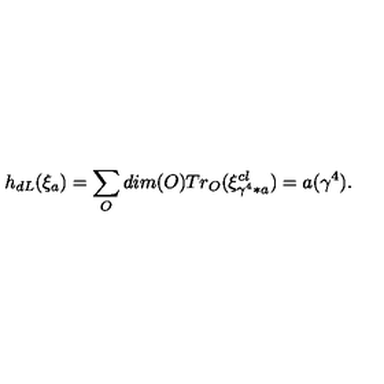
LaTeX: h _ { d L } ( \xi _ { a } ) = \sum _ { O } d i m ( O ) T r _ { O } ( \xi _ { \gamma ^ { 4 } * a } ^ { c l } ) = a ( \gamma ^ { 4 } ) .